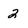
Character: 2